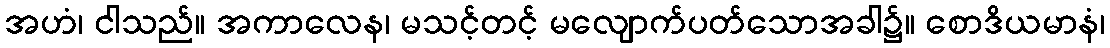
အဟံ၊ ငါသည်။ အကာလေန၊ မသင့်တင့် မလျောက်ပတ်သောအခါ၌။ စောဒိယမာနံ၊